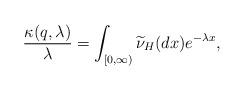
LaTeX: \begin{align*}\frac{\kappa(q,\lambda)}{\lambda}=\int_{[0,\infty)}\widetilde{\nu}_{H}(dx) e^{-\lambda x},\end{align*}